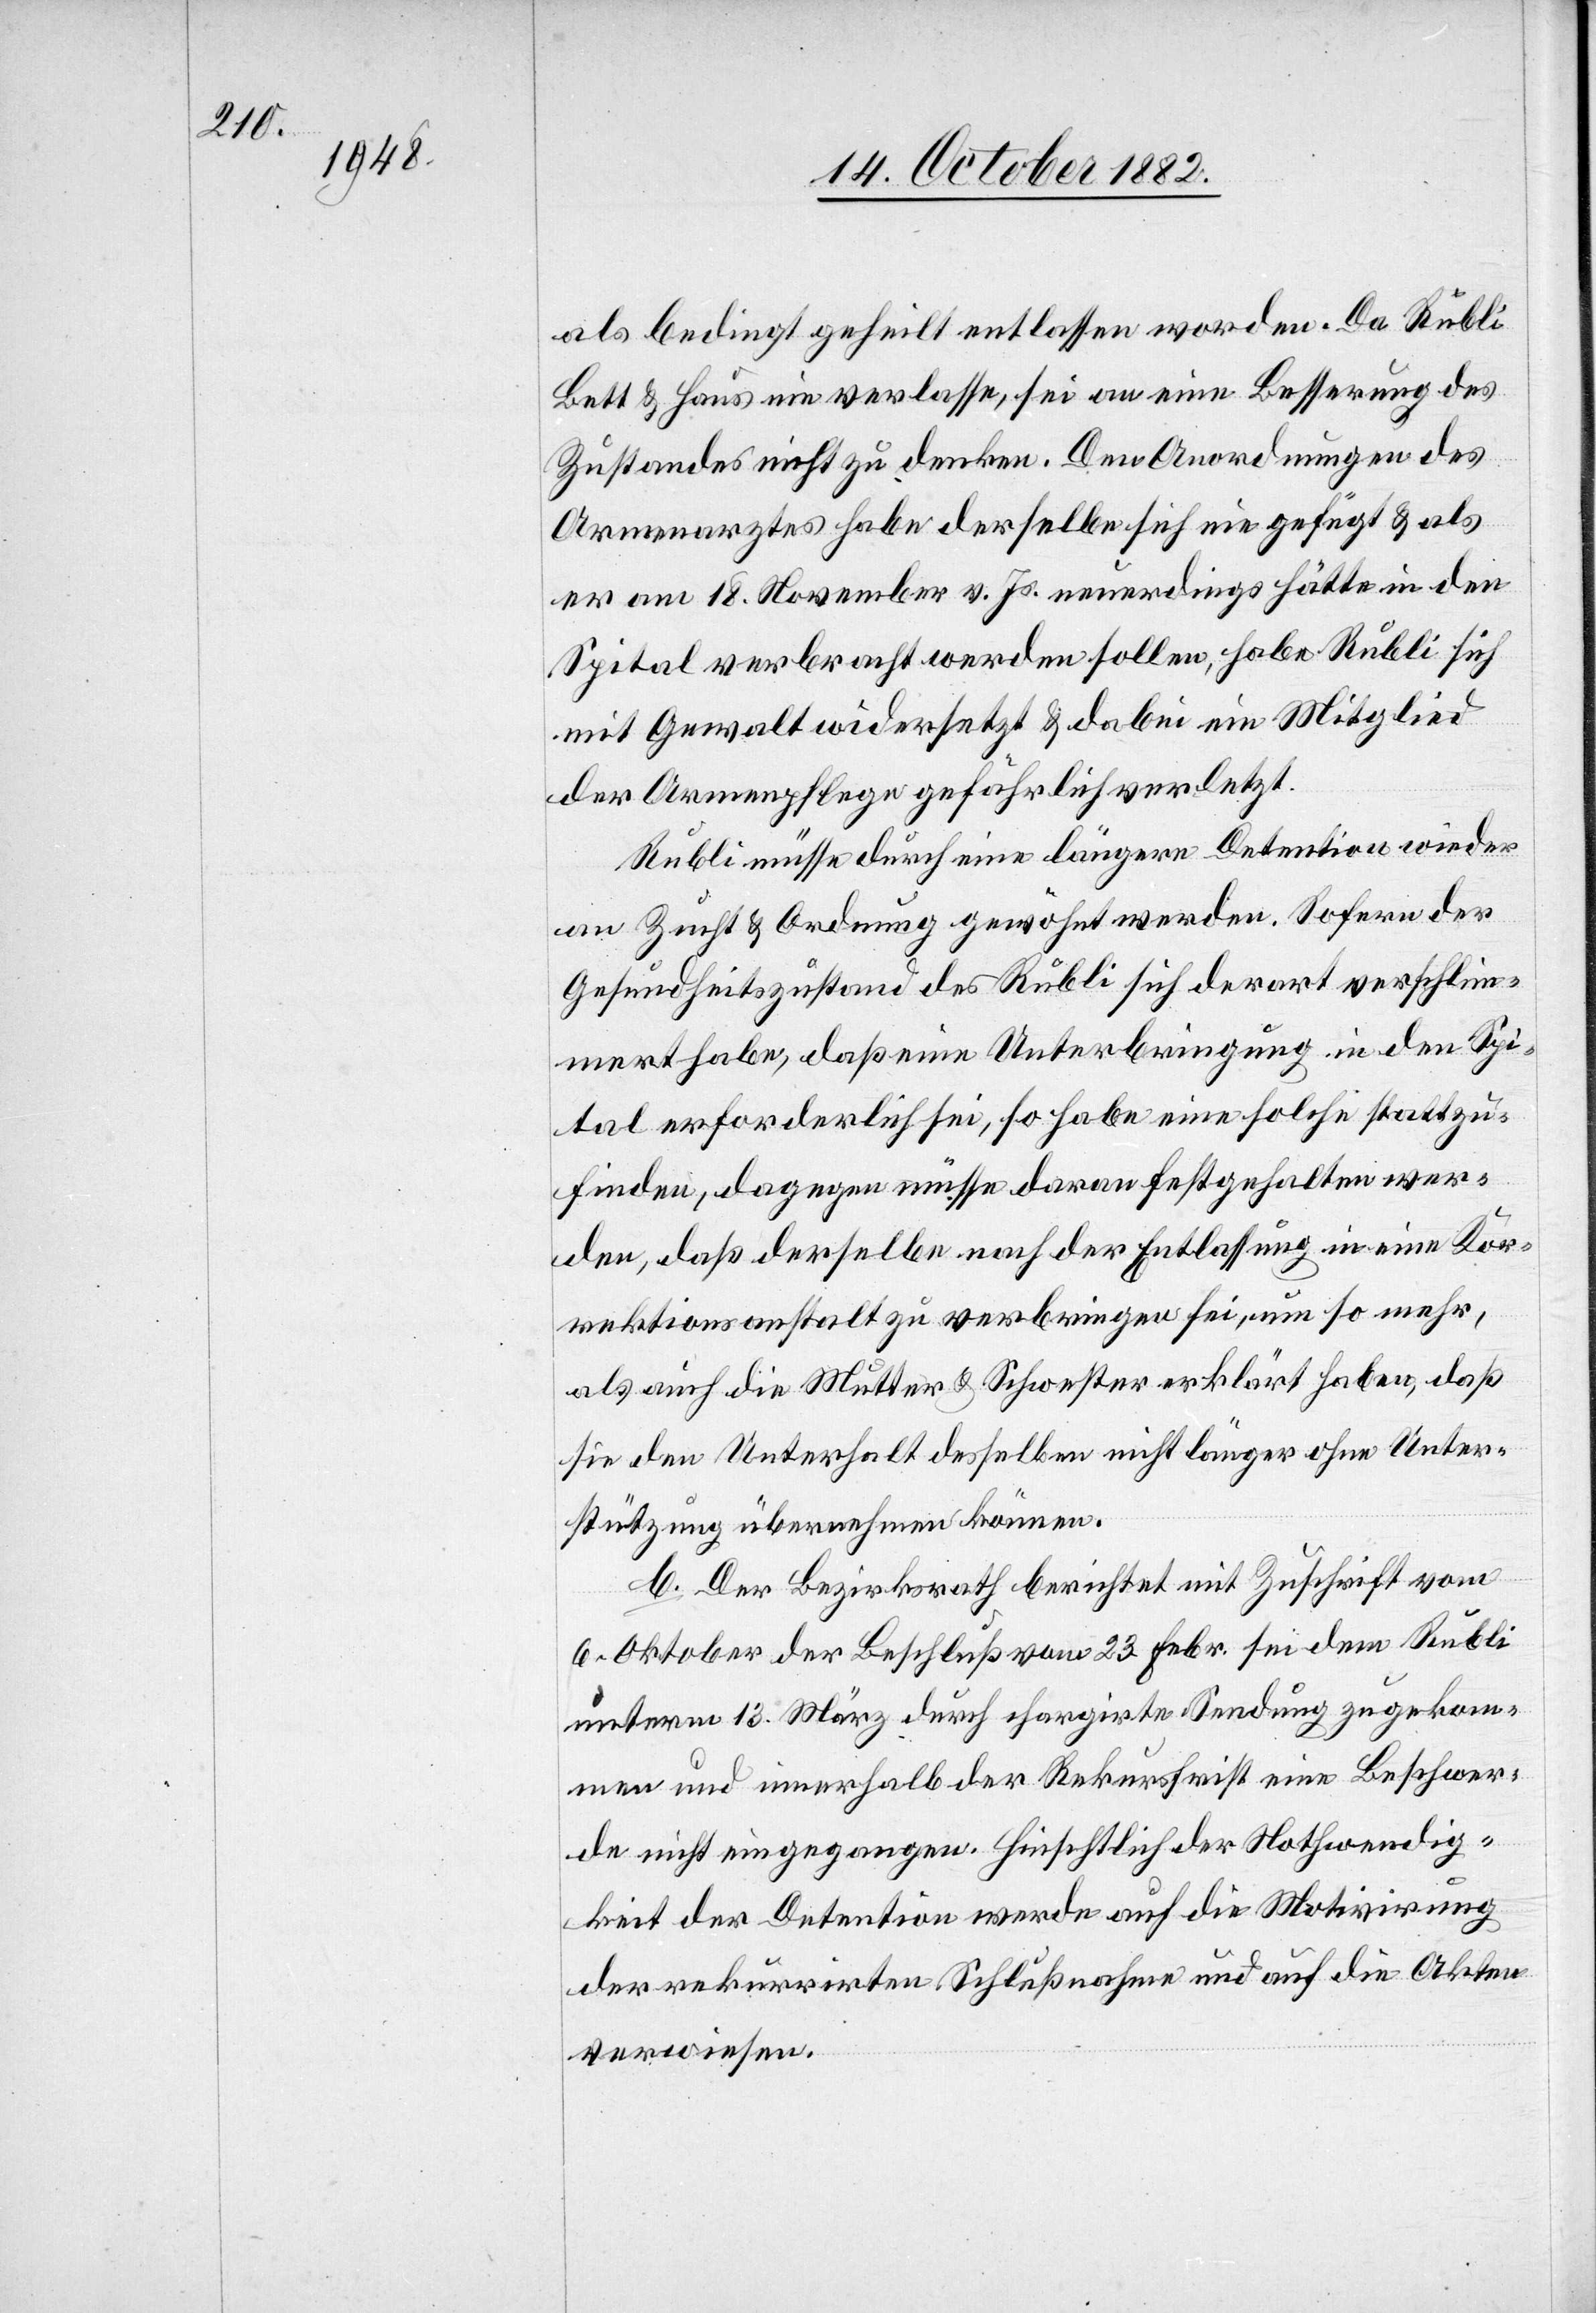
als bedingt geheilt entlassen worden. Da Rubli
Bett & Haus nie verlasse, sei an eine Besserung des
Zustandes nicht zu denken. Den Anordnungen des
Armenarztes habe derselbe sich nie gefügt & als
er am 18. November v. Js. neuerdings hätte in den
Spital verbracht werden sollen, habe Rubli sich
mit Gewalt widersetzt & dabei ein Mitglied
der Armenpflege gefährlich verletzt.
Rubli müsse durch eine längere Detention wieder
an Zucht & Ordnung gewöhnt werden. Sofern der
Gesundheitszustand des Rubli sich derart verschlim¬
mert habe, daß eine Unterbringung in den Spi¬
tal erforderlich sei, so habe eine solche stattzu¬
finden, dagegen müsse daran festgehalten wer¬
den, daß derselbe nach der Entlassung in eine Kor¬
rektionsanstalt zu verbringen sei, um so mehr,
als auch die Mutter & Schwester erklärt haben, daß
sie den Unterhalt desselben nicht länger ohne Unter¬
stützung übernehmen können.
b. Der Bezirksrath berichtet mit Zuschrift vom
6. Oktober der Beschluß vom 23. Febr. sei dem Rubli
unterm 13. März durch chargirte Sendung zugekom¬
men und innerhalb der Rekursfrist eine Beschwer¬
de nicht eingegangen. Hinsichtlich der Nothwendig¬
keit der Detention werde auf die Motivirung
der rekurrirten Schlußnahme und auf die Akten
verwiesen.